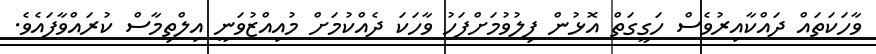
ވާހަކަތައް ދައްކާއިރުވެސް ހަގީގަތް އޮޅުން ފިލުވުމަށްފަހު ވާހަކަ ދެއްކުމަށް މުއިއްޒުވަނީ އިލްތިމާސް ކުރައްވާފައެވެ.